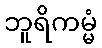
ဘူရိကမ္မံ